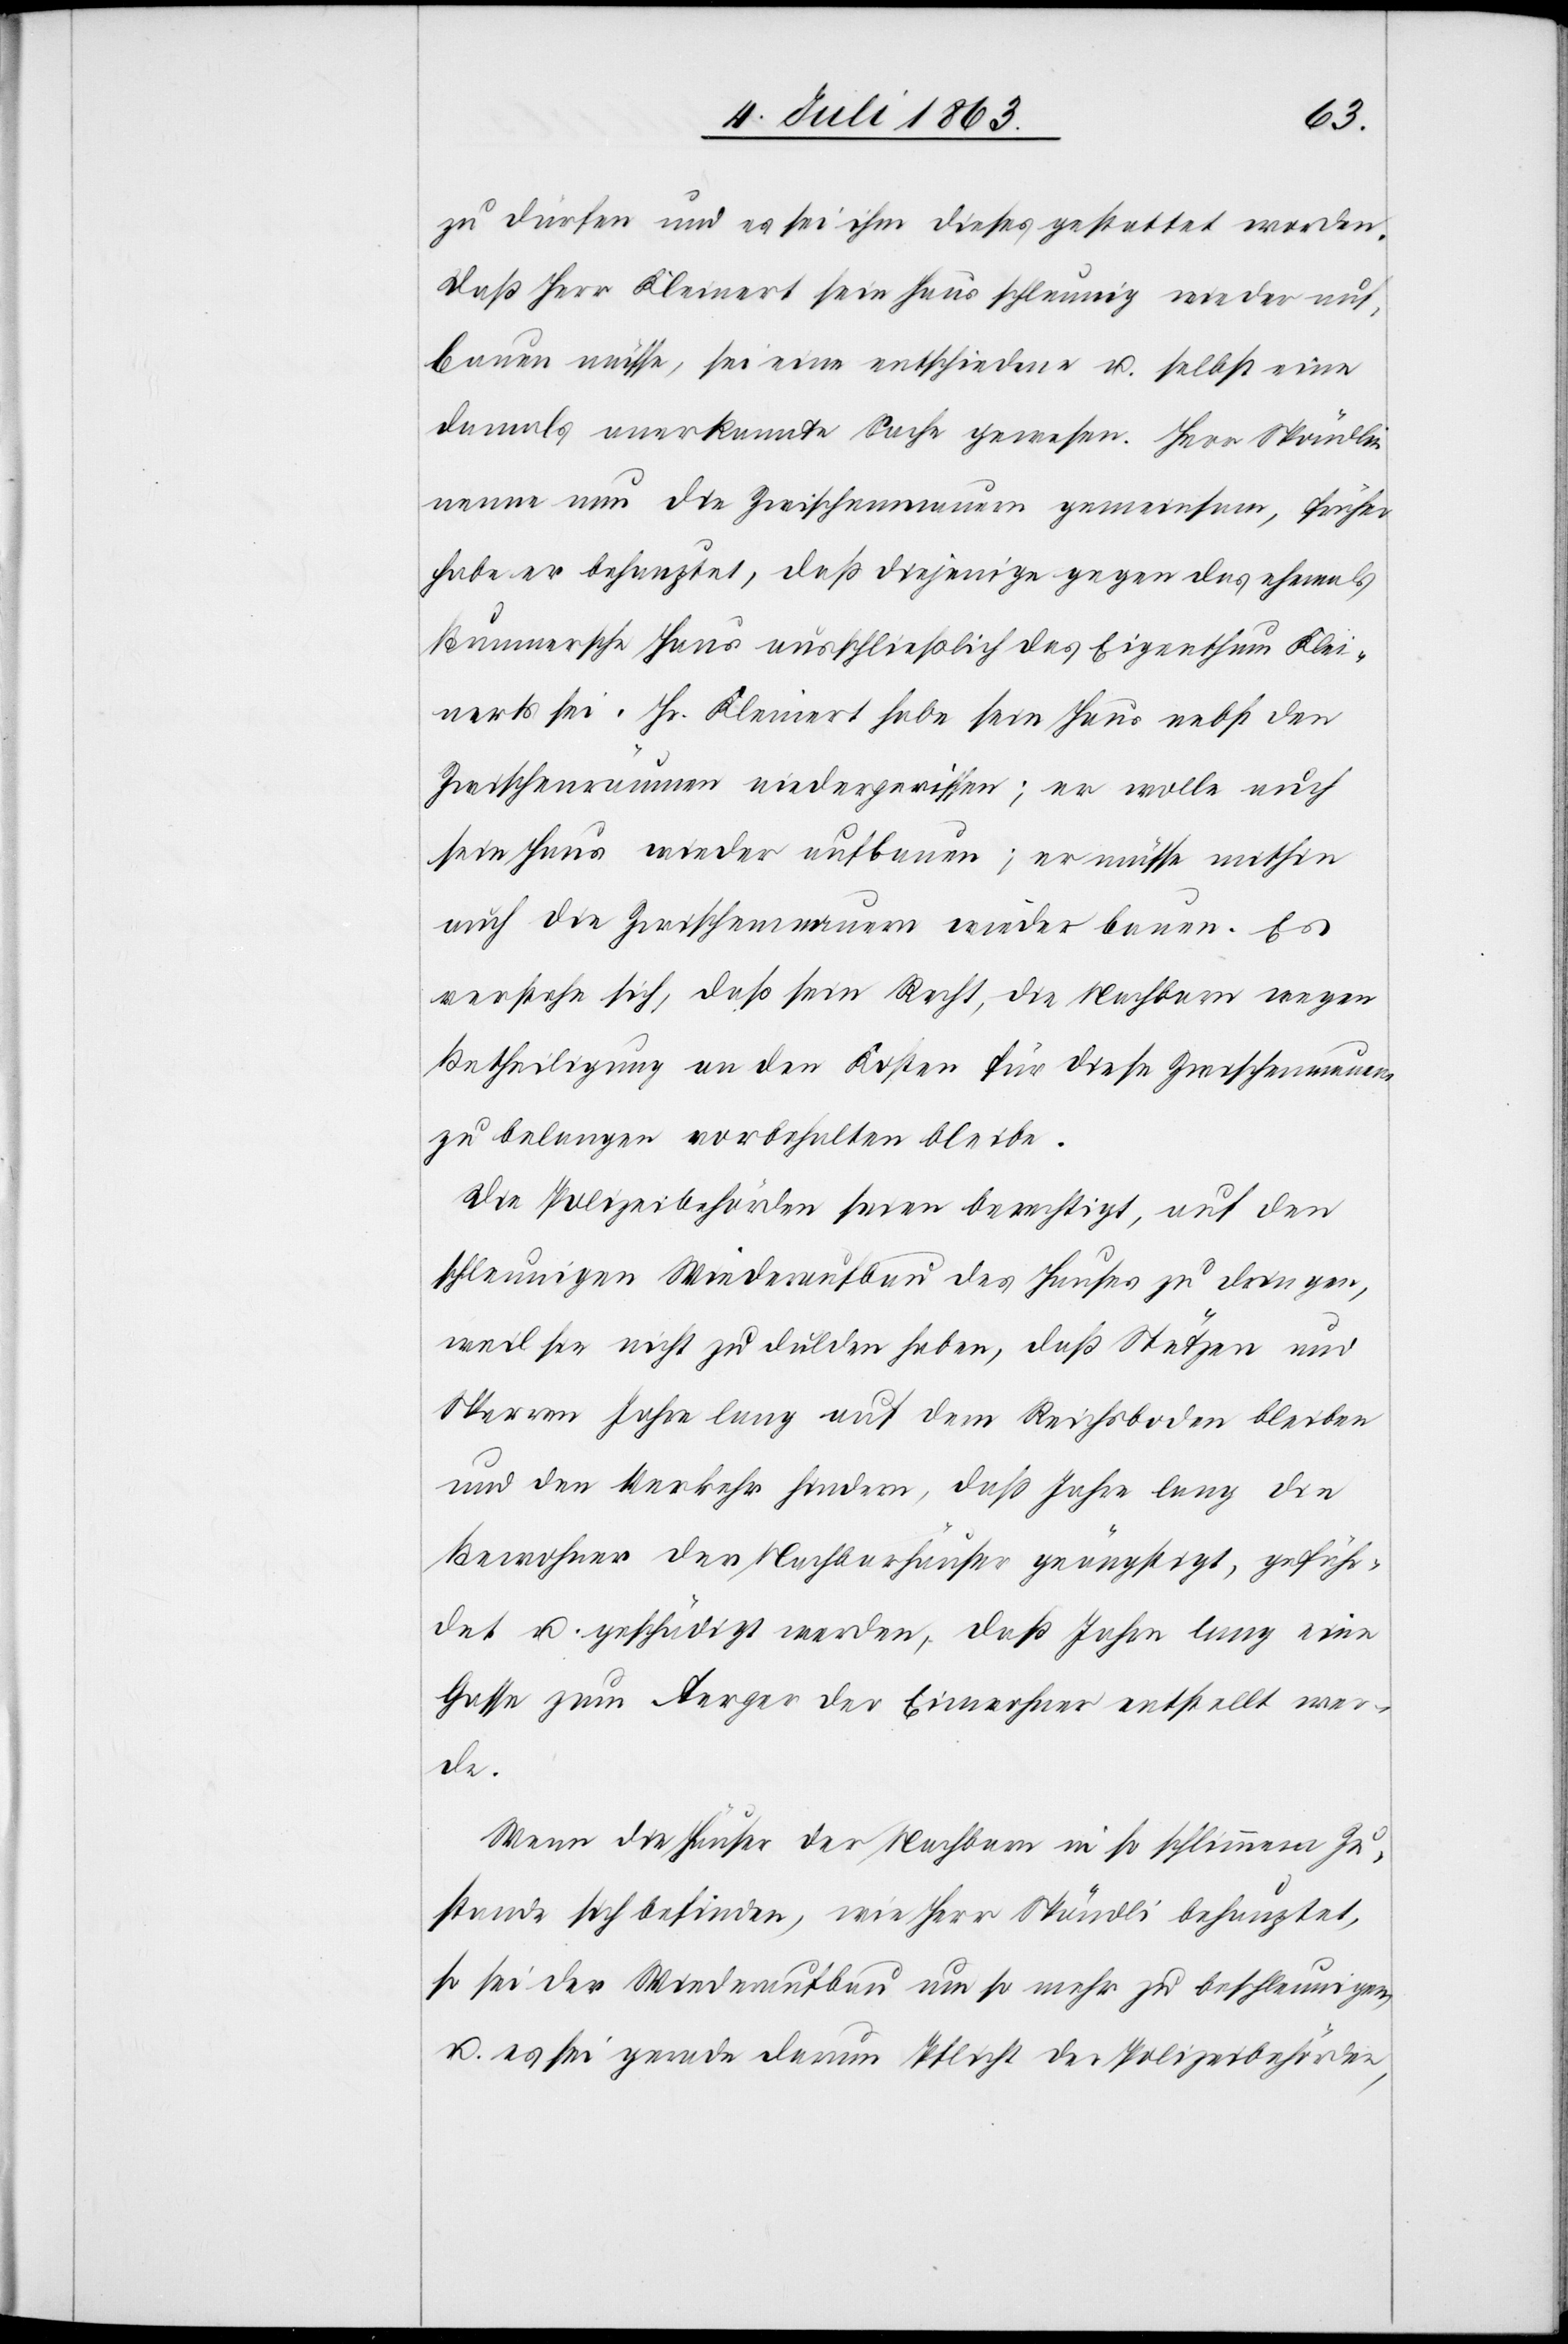
zu dürfen und es sei ihm dieses gestattet worden.
Daß Herr Kleinert sein Haus schleunig wieder auf¬
bauen müsse, sei eine entschiedene u. selbst eine
damals anerkannte Sache gewesen. Herr Spöndlin
nenne nun die Zwischenmauern gemeinsam, früher
habe er behauptet, daß diejenige gegen das ehemals
Brunnersche Haus ausschließlich das Eigenthum Klei¬
nerts sei. Hr. Kleinert habe sein Haus nebst den
Zwischenräumen niedergerissen; er wolle auch
sein Haus wieder aufbauen; er müsse mithin
auch die Zwischenmauern wieder bauen. Es
verstehe sich, daß sein Recht, die Nachbarn wegen
Betheiligung an den Kosten für diese Zwischenmauern
zu belangen vorbehalten bleibe.
Die Polizeibehörden seien berechtigt, auf den
schleunigen Wiederaufbau des Hauses zu dringen,
weil sie nicht zu dulden haben, daß Stützen und
Sperren Jahre lang auf dem Reichsboden bleiben
und den Verkehr hindern, daß Jahre lang die
Bewohner der Nachbarhäuser geängstigt, gefähr¬
det u. geschädigt werden, daß Jahre lang eine
Gasse zum Aerger der Einwohner entstellt wer¬
de.
Wenn die Häuser der Nachbarn in so schlimmem Zu¬
stande sich befinden, wie Herr Spöndli [sic!] behauptet,
so sei der Wiederaufbau um so mehr zu beschleunigen
u. es sei gerade darum Pflicht der Polizeibehörde,